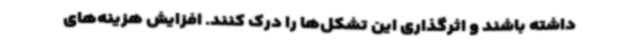
داشته باشند و اثرگذاری این تشکل‌ها را درک کنند. افزایش هزینه‌های